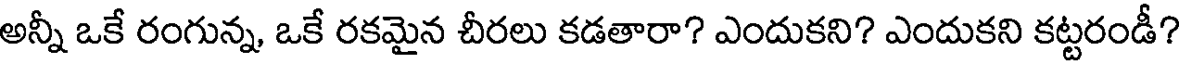
అన్నీ ఒకే రంగున్న, ఒకే రకమైన చీరలు కడతారా? ఎందుకని? ఎందుకని కట్టరండీ?